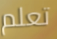
تعلم